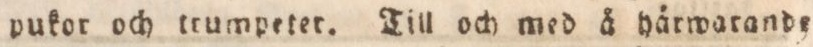
pukor och trumpeter. Till och med å härwarande